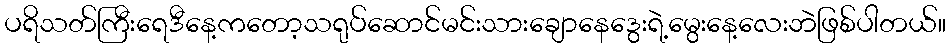
ပရိသတ်ကြီးရေဒီနေ့ကတော့သရုပ်ဆောင်မင်းသားချောနေဒွေးရဲ့မွေးနေ့လေးဘဲဖြစ်ပါတယ်။